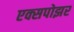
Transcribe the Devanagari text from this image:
एक्सपोझर